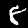
Label: 8